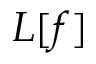
L [ f ]